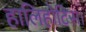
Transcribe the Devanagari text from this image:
हालिहोटिस।